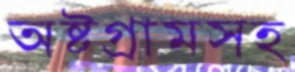
অষ্টগ্রামসহ